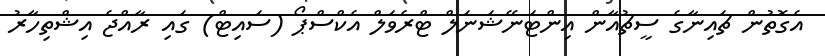
އެގޮތުން ޗައިނާގެ ސީޗުއާން އިންޓަނޭޝަނަލް ޓްރެވަލް އެކްސްޕޯ (ސައިޓް) ގައި ރާއްޖެ އިޝްތިހާރު